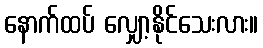
နောက်ထပ် လျှော့နိုင်သေးလား။